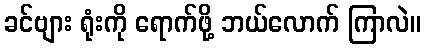
ခင်ဗျား ရုံးကို ရောက်ဖို့ ဘယ်လောက် ကြာလဲ။